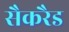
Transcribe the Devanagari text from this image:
सैकरैड